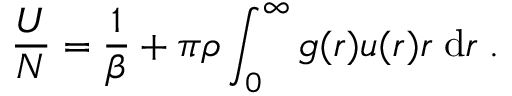
\frac { U } { N } = \frac { 1 } { \beta } + \pi \rho \int _ { 0 } ^ { \infty } g ( r ) u ( r ) r \; \mathrm { d } r \; .